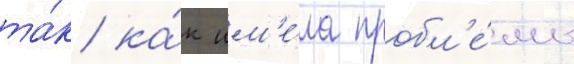
та́к ка́к им'е́ла пробл'е́мы